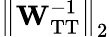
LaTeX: \left\Vert\mathbf{W}_{\mathrm{TT}}^{-1}\right\Vert_{2}